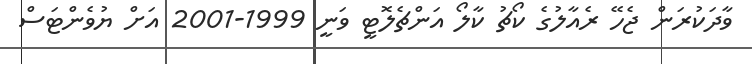
ވާދަކުރަން ޖެހޭ ރެއާލުގެ ކޯޗު ކާލޯ އަންޗެލޮޓީ ވަނީ 1999-2001 އަށް ޔުވެންޓަސް